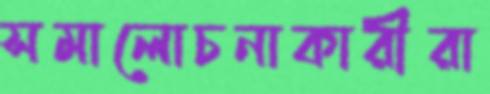
সমালোচনাকারীরা